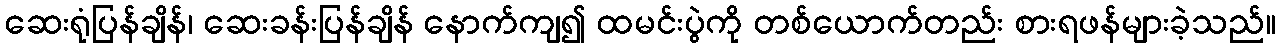
ဆေးရုံပြန်ချိန်၊ ဆေးခန်းပြန်ချိန် နောက်ကျ၍ ထမင်းပွဲကို တစ်ယောက်တည်း စားရဖန်များခဲ့သည်။